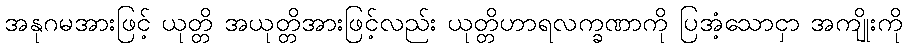
အနုဂမအားဖြင့် ယုတ္တိ အယုတ္တိအားဖြင့်လည်း ယုတ္တိဟာရလက္ခဏာကို ပြအံ့သောငှာ အကျိုးကို